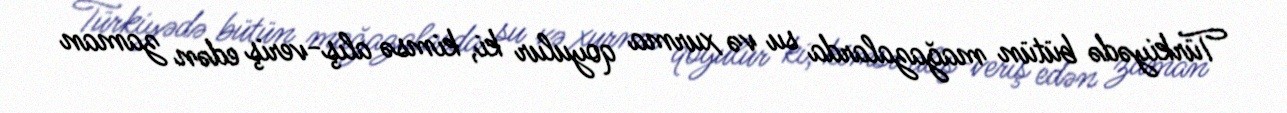
Türkiyədə bütün mağazalarda su və xurma qoyulur ki, kimsə alış-veriş edən zaman